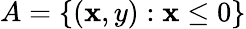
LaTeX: A=\{ (\mathbf{x},y):\mathbf{x}\leq0\}